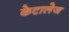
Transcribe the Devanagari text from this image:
केटालेज